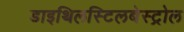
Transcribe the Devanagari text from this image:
डाइथिलस्टिलबेस्ट्रोल